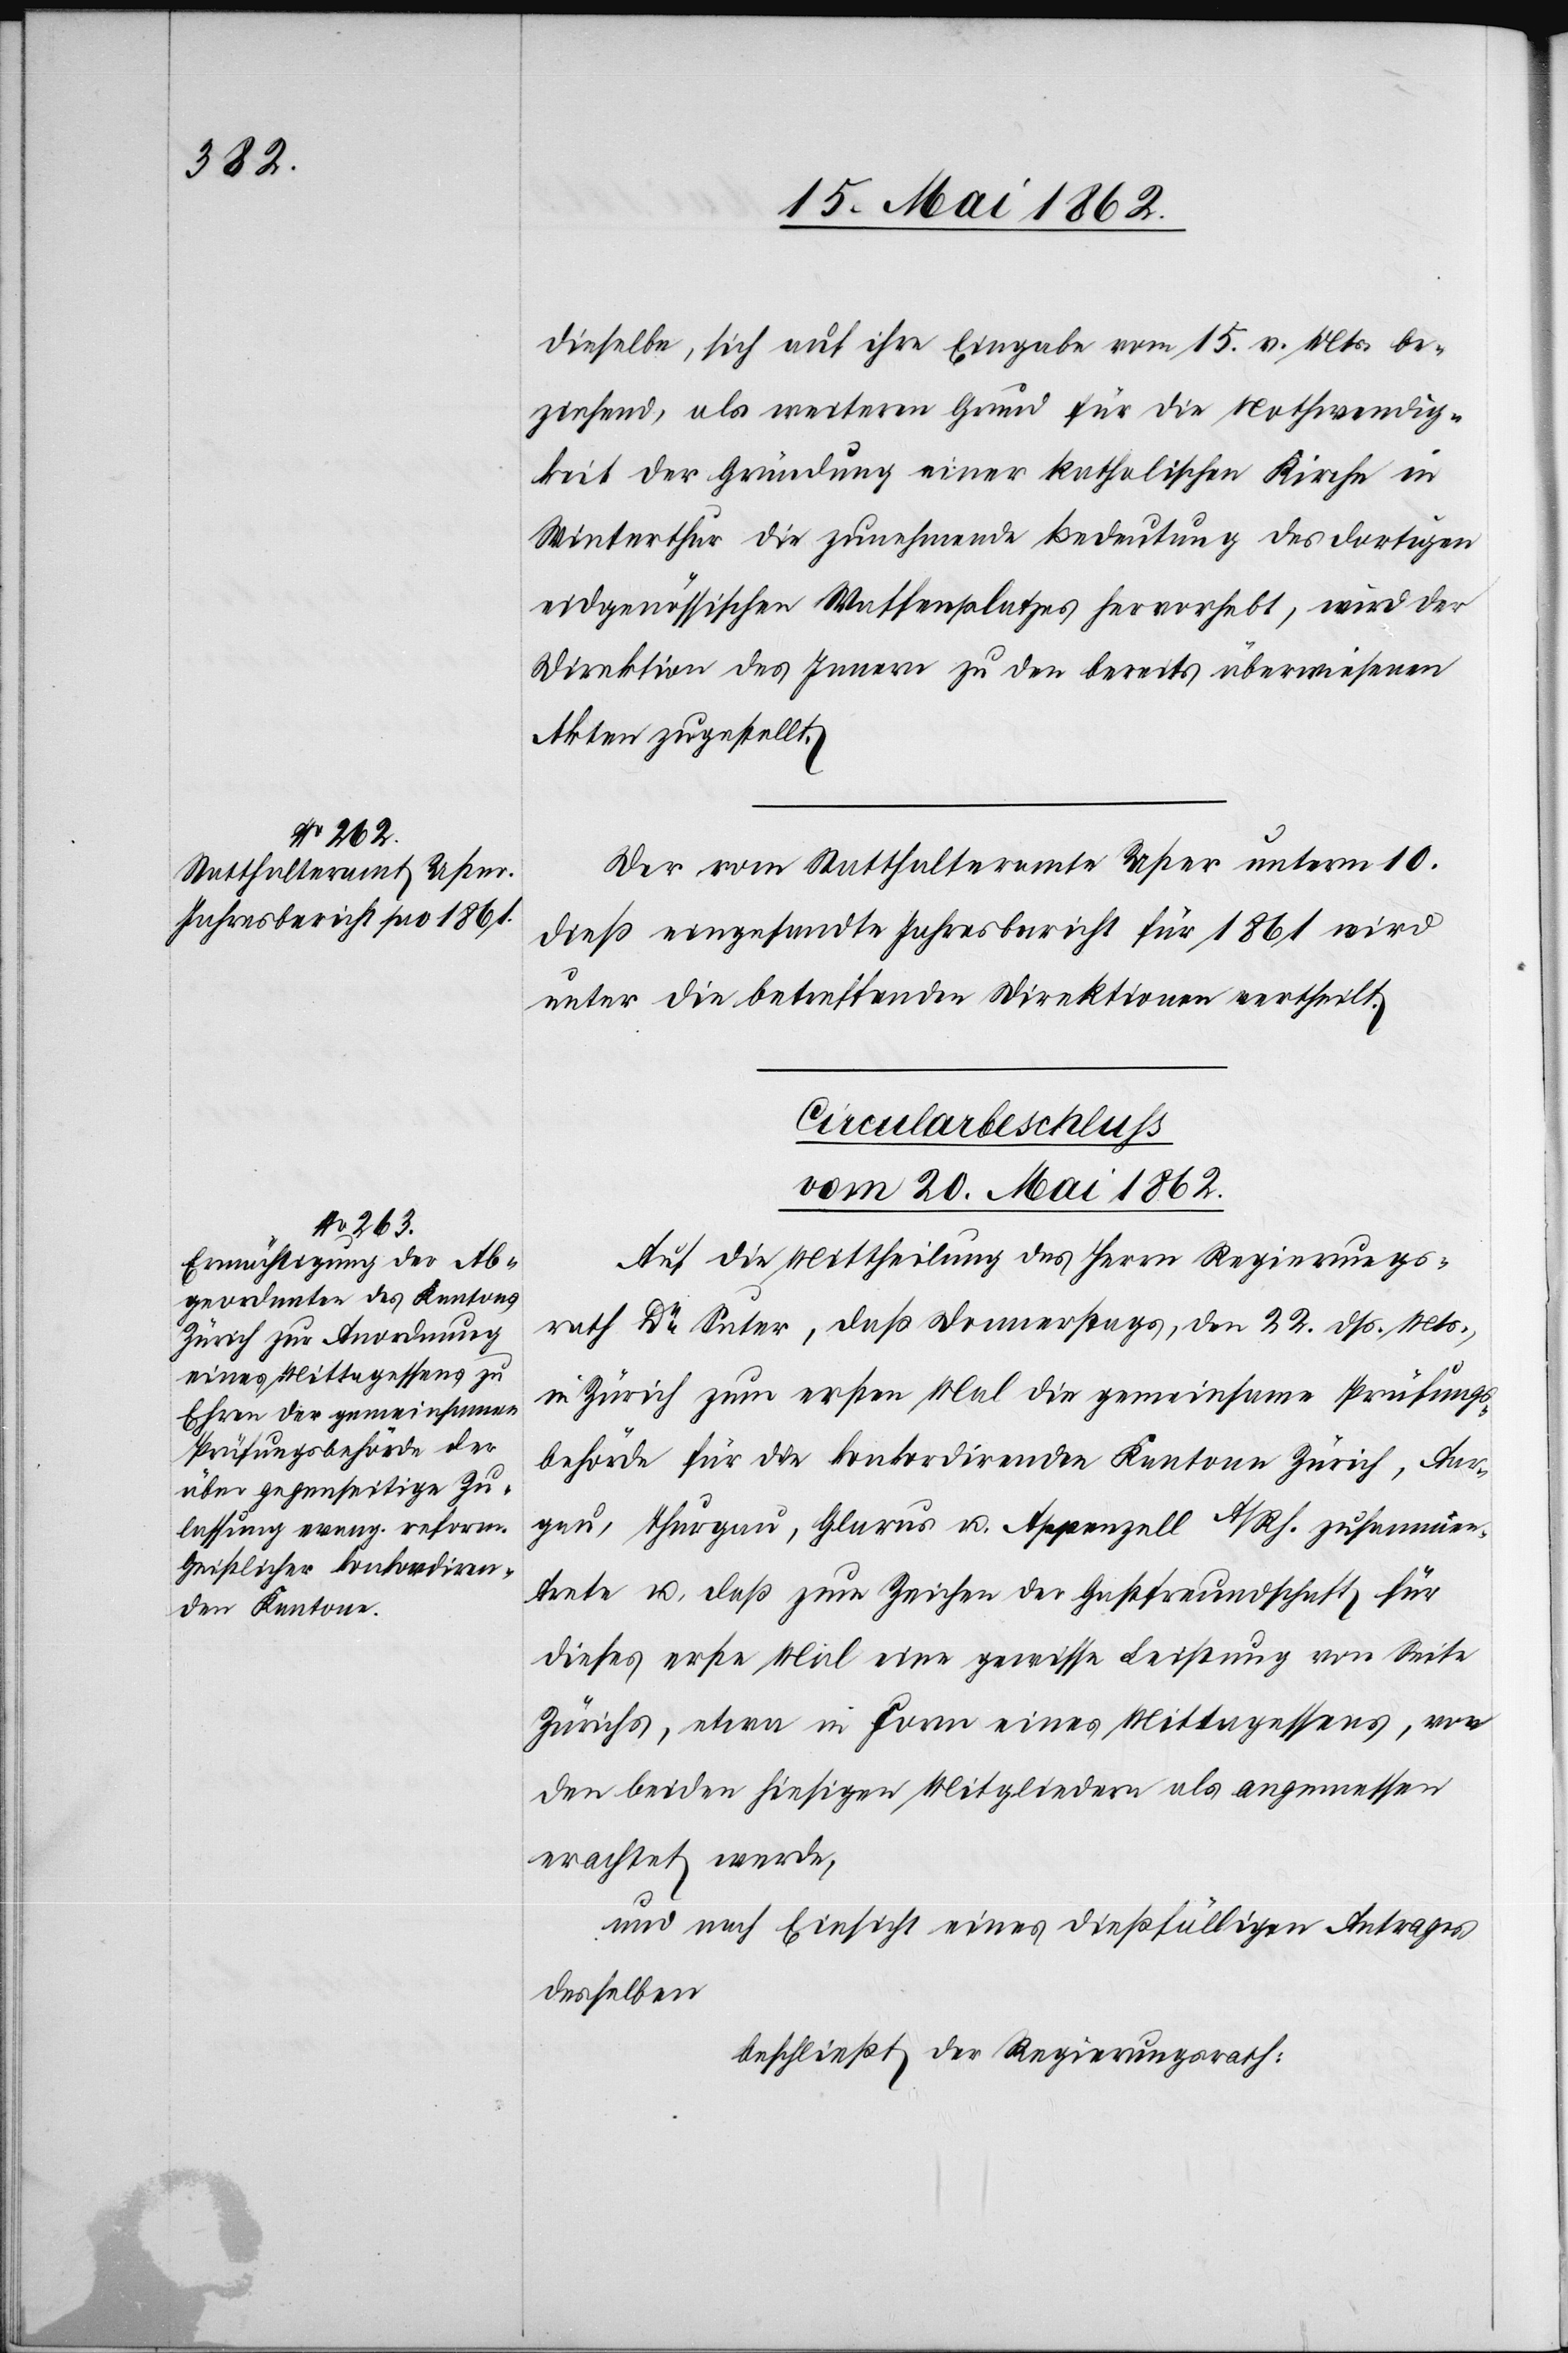
20. Mai 1862.]
dieselbe, sich auf ihre Eingabe vom 15. v. Mts. be¬
ziehend, als weiteren Grund für die Nothwendig¬
keit der Gründung einer katholischen Kirche in
Winterthur die zunehmende Bedeutung des dortigen
eidgenössischen Waffenplatzes hervorhebt, wird der
Direktion des Innern zu den bereits überwiesenen
Akten zugestellt.
Der vom Statthalteramt Uster unterm 10.
dieß eingesandte Jahresbericht für 1861 wird
unter die betreffenden Direktionen vertheilt.
Circularbeschluß.
vom 20. Mai 1862.
Auf die Mittheilung des Herrn Regierungs¬
rath Dr. Suter, daß Donnerstags, den 22. dß. Mts.,
in Zürich zum ersten Mal die gemeinsame Prüfungs¬
behörde für die konkordirenden Kantone Zürich, Aar¬
gau, Thurgau, Glarus u. Appenzell A/Rh. zusammen¬
trete u. daß zum Zeichen der Gastfreundschaft für
dieses erste Mal eine gewisse Leistung von Seite
Zürichs, etwa in Form eines Mittagessens, von
den beiden hiesigen Mitgliedern als angemessen
erachtet werde,
und nach Einsicht eines dießfälligen Antrages
desselben
beschließt der Regierungsrath: